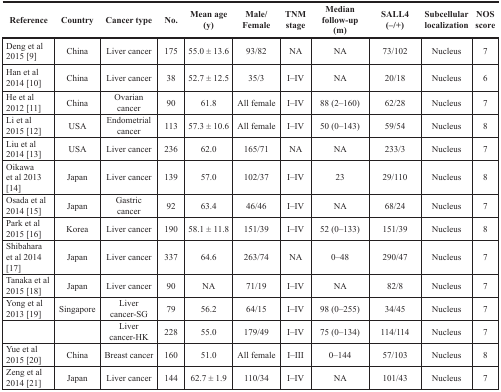
<table><thead><tr><td><b>Reference</b></td><td><b>Country</b></td><td><b>Cancer type</b></td><td><b>No.</b></td><td><b>Mean age (y)</b></td><td><b>Male/Female</b></td><td><b>TNM stage</b></td><td><b>Median follow-up (m)</b></td><td><b>SALL4 (−/+)</b></td><td><b>Subcellular localization</b></td><td><b>NOS score</b></td></tr></thead><tbody><tr><td>Deng et al 2015 [9]</td><td>China</td><td>Liver cancer</td><td>175</td><td>55.0 ± 13.6</td><td>93/82</td><td>NA</td><td>NA</td><td>73/102</td><td>Nucleus</td><td>7</td></tr><tr><td>Han et al 2014 [10]</td><td>China</td><td>Liver cancer</td><td>38</td><td>52.7 ± 12.5</td><td>35/3</td><td>I–IV</td><td>NA</td><td>20/18</td><td>Nucleus</td><td>6</td></tr><tr><td>He et al 2012 [11]</td><td>China</td><td>Ovarian cancer</td><td>90</td><td>61.8</td><td>All female</td><td>I–IV</td><td>88 (2–160)</td><td>62/28</td><td>Nucleus</td><td>7</td></tr><tr><td>Li et al 2015 [12]</td><td>USA</td><td>Endometrial cancer</td><td>113</td><td>57.3 ± 10.6</td><td>All female</td><td>I–IV</td><td>50 (0–143)</td><td>59/54</td><td>Nucleus</td><td>8</td></tr><tr><td>Liu et al 2014 [13]</td><td>USA</td><td>Liver cancer</td><td>236</td><td>62.0</td><td>165/71</td><td>NA</td><td>NA</td><td>233/3</td><td>Nucleus</td><td>7</td></tr><tr><td>Oikawa et al 2013 [14]</td><td>Japan</td><td>Liver cancer</td><td>139</td><td>57.0</td><td>102/37</td><td>I–IV</td><td>23</td><td>29/110</td><td>Nucleus</td><td>8</td></tr><tr><td>Osada et al 2014 [15]</td><td>Japan</td><td>Gastric cancer</td><td>92</td><td>63.4</td><td>46/46</td><td>I–IV</td><td>NA</td><td>68/24</td><td>Nucleus</td><td>7</td></tr><tr><td>Park et al 2015 [16]</td><td>Korea</td><td>Liver cancer</td><td>190</td><td>58.1 ± 11.8</td><td>151/39</td><td>I–IV</td><td>52 (0–133)</td><td>151/39</td><td>Nucleus</td><td>8</td></tr><tr><td>Shibahara et al 2014 [17]</td><td>Japan</td><td>Liver cancer</td><td>337</td><td>64.6</td><td>263/74</td><td>NA</td><td>0–48</td><td>290/47</td><td>Nucleus</td><td>7</td></tr><tr><td>Tanaka et al 2015 [18]</td><td>Japan</td><td>Liver cancer</td><td>90</td><td>NA</td><td>71/19</td><td>I–IV</td><td>NA</td><td>82/8</td><td>Nucleus</td><td>7</td></tr><tr><td>Yong et al 2013 [19]</td><td>Singapore</td><td>Liver cancer-SG</td><td>79</td><td>56.2</td><td>64/15</td><td>I–IV</td><td>98 (0–255)</td><td>34/45</td><td>Nucleus</td><td>7</td></tr><tr><td></td><td></td><td>Liver cancer-HK</td><td>228</td><td>55.0</td><td>179/49</td><td>I–IV</td><td>75 (0–134)</td><td>114/114</td><td>Nucleus</td><td>7</td></tr><tr><td>Yue et al 2015 [20]</td><td>China</td><td>Breast cancer</td><td>160</td><td>51.0</td><td>All female</td><td>I–III</td><td>0–144</td><td>57/103</td><td>Nucleus</td><td>8</td></tr><tr><td>Zeng et al 2014 [21]</td><td>Japan</td><td>Liver cancer</td><td>144</td><td>62.7 ± 1.9</td><td>110/34</td><td>I–IV</td><td>NA</td><td>101/43</td><td>Nucleus</td><td>7</td></tr></tbody></table>